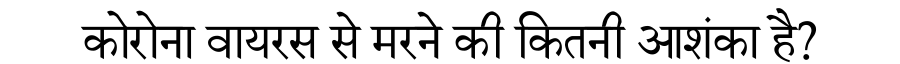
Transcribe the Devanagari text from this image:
कोरोना वायरस से मरने की कितनी आशंका है?